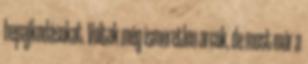
hepajkodásokat. Voltak még ismeretlen arcok, de most már a